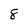
Character: 8